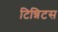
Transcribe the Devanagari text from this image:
टिन्निटस